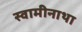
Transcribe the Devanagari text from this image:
स्वामीनाथा